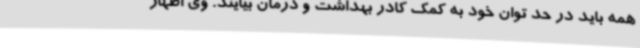
همه باید در حد توان خود به کمک کادر بهداشت و درمان بیایند. وی اظهار